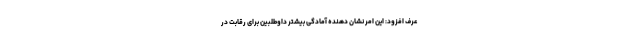
عرف افزود: این امر نشان دهنده آمادگی بیشتر داوطلبین برای رقابت در